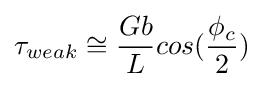
\tau _{weak}\cong {\frac {Gb}{L}}cos({\frac {\phi _{c}}{2}})